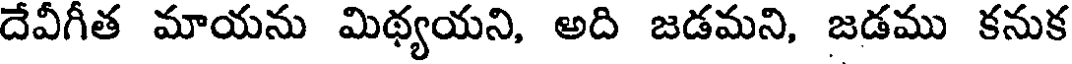
దేవీగీత మాయను మిథ్యయని, అది జడమని, జడము కనుక